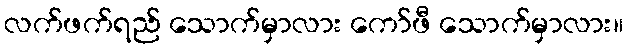
လက်ဖက်ရည် သောက်မှာလား ကော်ဖီ သောက်မှာလား။